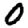
Digit: 0